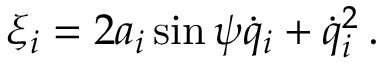
\xi _ { i } = 2 a _ { i } \sin \psi \dot { q } _ { i } + \dot { q } _ { i } ^ { 2 } \, .